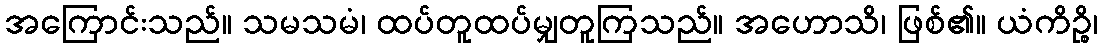
အကြောင်းသည်။ သမသမံ၊ ထပ်တူထပ်မျှတူကြသည်။ အဟောသိ၊ ဖြစ်၏။ ယံကိဉ္စိ၊